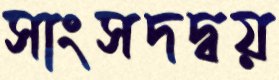
সাংসদদ্বয়